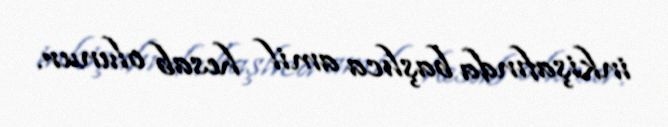
inkişafında başlıca amil hesab olunur.